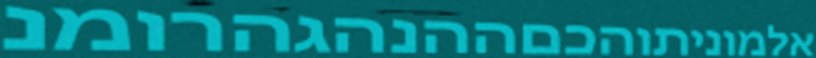
אלמוניתוהכםההנהגהרומנ